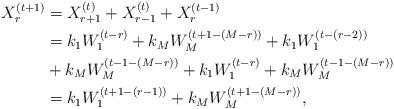
LaTeX: \begin{align*}X_r^{(t+1)}&=X_{r+1}^{(t)}+X_{r-1}^{(t)}+X_r^{(t-1)}\\&=k_1W_1^{(t-r)}+k_MW_M^{(t+1-(M-r))}+k_1W_1^{(t-(r-2))}\\&+k_MW_M^{(t-1-(M-r))}+k_1W_1^{(t-r)}+k_MW_M^{(t-1-(M-r))}\\&=k_1W_1^{(t+1-(r-1))}+k_MW_M^{(t+1-(M-r))},\end{align*}